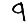
Digit: 9